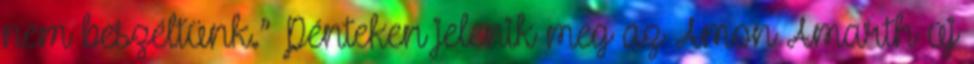
nem beszéltünk.” Pénteken jelenik meg az Amon Amarth új